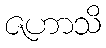
ဇဟာသိ